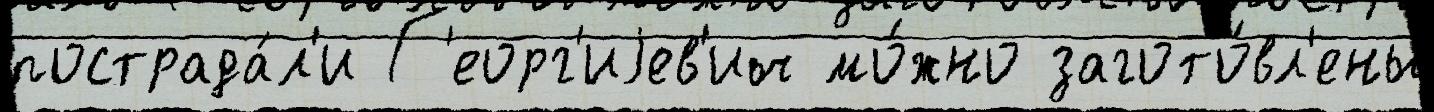
пострада́л'и Г'еорг'иjев'ич мо́жно загото́вл'ены